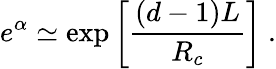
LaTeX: e^{\alpha}\simeq\exp\left[\frac{(d-1)L}{R_{c}}\right]\ .